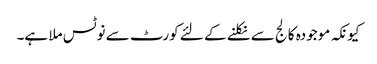
کیونکہ موجودہ کالج سے نکلنے کے لئے کورٹ سے نوٹس ملا ہے۔